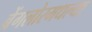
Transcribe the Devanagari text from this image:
बेंगलोरमधल्या